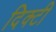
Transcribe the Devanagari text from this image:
दिक्टी